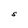
Character: S